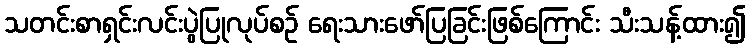
သတင်းစာရှင်းလင်းပွဲပြုလုပ်စဉ် ရေးသားဖော်ပြခြင်းဖြစ်ကြောင်း သီးသန့်ထား၍